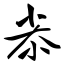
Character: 尜